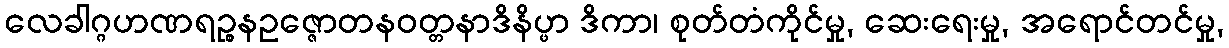
လေခါဂ္ဂဟဏရဉ္စနဥဇ္ဇောတနဝတ္တနာဒိနိပ္ဖာ ဒိကာ၊ စုတ်တံကိုင်မှု, ဆေးရေးမှု, အရောင်တင်မှု,